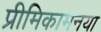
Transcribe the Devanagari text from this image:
प्रीमिकामनया